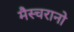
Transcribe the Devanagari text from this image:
मैस्चरानो